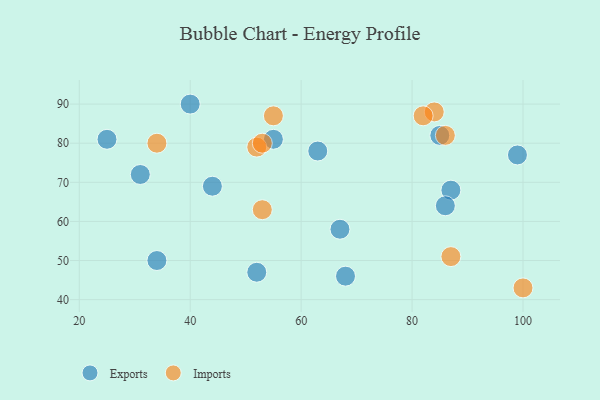
{"axis": {"x": "GDP", "y": "Life Expectancy"}, "legend": ["Exports", "Imports"], "data": [{"x": "55", "y": 81, "type": "Exports"}, {"x": "85", "y": 82, "type": "Exports"}, {"x": "63", "y": 78, "type": "Exports"}, {"x": "87", "y": 68, "type": "Exports"}, {"x": "40", "y": 90, "type": "Exports"}, {"x": "68", "y": 46, "type": "Exports"}, {"x": "99", "y": 77, "type": "Exports"}, {"x": "86", "y": 64, "type": "Exports"}, {"x": "44", "y": 69, "type": "Exports"}, {"x": "34", "y": 50, "type": "Exports"}, {"x": "25", "y": 81, "type": "Exports"}, {"x": "67", "y": 58, "type": "Exports"}, {"x": "31", "y": 72, "type": "Exports"}, {"x": "52", "y": 47, "type": "Exports"}, {"x": "53", "y": 63, "type": "Imports"}, {"x": "100", "y": 43, "type": "Imports"}, {"x": "84", "y": 88, "type": "Imports"}, {"x": "55", "y": 87, "type": "Imports"}, {"x": "82", "y": 87, "type": "Imports"}, {"x": "86", "y": 82, "type": "Imports"}, {"x": "52", "y": 79, "type": "Imports"}, {"x": "53", "y": 80, "type": "Imports"}, {"x": "87", "y": 51, "type": "Imports"}, {"x": "34", "y": 80, "type": "Imports"}]}